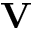
\mathbf { V }